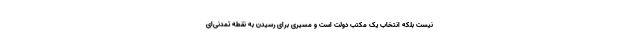
نیست بلکه انتخاب یک مکتب دولت است و مسیری برای رسیدن به نقطه تمدنی‌ای